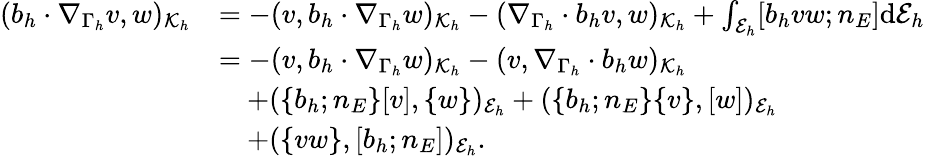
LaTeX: \begin{array}{rl}{(b_{h}\cdot\nabla_{\Gamma_{h}}v,w)_{\mathcal{K}_{h}}}&{=-(v,b_{h}\cdot\nabla_{\Gamma_{h}}w)_{\mathcal{K}_{h}}-(\nabla_{\Gamma_{h}}\cdot b_{h}v,w)_{\mathcal{K}_{h}}+\int_{\mathcal{E}_{h}}[b_{h}vw;n_{E}]\mathrm{d}\mathcal{E}_{h}}\\ &{=-(v,b_{h}\cdot\nabla_{\Gamma_{h}}w)_{\mathcal{K}_{h}}-(v,\nabla_{\Gamma_{h}}\cdot b_{h}w)_{\mathcal{K}_{h}}}\\ &{\quad+(\{ b_{h};n_{E}\} [v],\{ w\} )_{\mathcal{E}_{h}}+(\{ b_{h};n_{E}\} \{ v\} ,[w])_{\mathcal{E}_{h}}}\\ &{\quad+(\{ vw\} ,[b_{h};n_{E}])_{\mathcal{E}_{h}}.}\end{array}